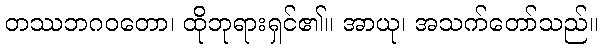
တဿဘဂဝတော၊ ထိုဘုရားရှင်၏။ အာယု၊ အသက်တော်သည်။